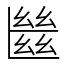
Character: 㡭